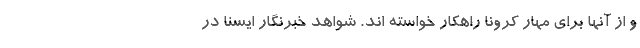
و از آنها برای مهار کرونا راهکار خواسته اند. شواهد خبرنگار ایسنا در